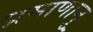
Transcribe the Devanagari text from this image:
प्रमाणानु